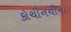
કોચીનચીના